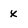
Character: x